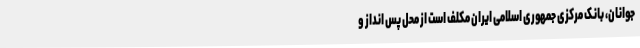
جوانان، بانک مرکزی جمهوری اسلامی ایران مکلف است از محل پس انداز و